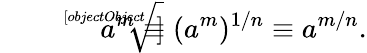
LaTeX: {\sqrt[[objectObject]]{a^{m}}}\equiv(a^{m})^{1/n}\equiv a^{m/n}.